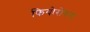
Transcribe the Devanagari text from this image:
फियोरोवना